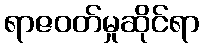
ရာဇဝတ်မှုဆိုင်ရာ